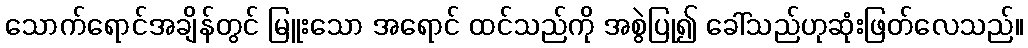
သောက်ရောင်အချိန်တွင် မြူးသော အရောင် ထင်သည်ကို အစွဲပြု၍ ခေါ်သည်ဟုဆုံးဖြတ်လေသည်။